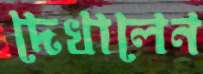
দেখালেন